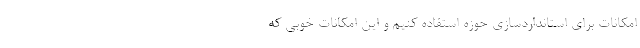
امکانات برای استانداردسازی حوزه استفاده کنیم و این امکانات خوبی که